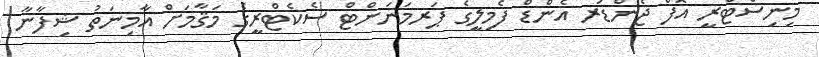
މިނިސްޓްރީ އޮފް ޖެންޑަރ އެންޑް ފެމިލީގެ ޕަރމަނަންޓް ސެކެޓްރީގެ މަޤާމަށް އާމިނަތު ޝިފާނާ